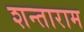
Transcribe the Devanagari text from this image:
शन्ताराम